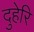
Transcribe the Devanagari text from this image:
दुहेरि